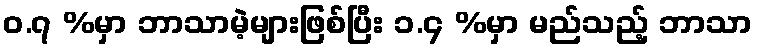
ဝ.၇ %မှာ ဘာသာမဲ့များဖြစ်ပြီး ၁.၄ %မှာ မည်သည့် ဘာသာ